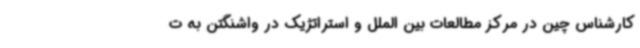
کارشناس چین در مرکز مطالعات بین الملل و استراتژیک در واشنگتن به ت